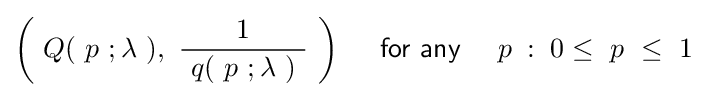
\left(\ Q(\ p\ ;\lambda \ ),\ {\frac {1}{\ q(\ p\ ;\lambda \ )\ }}\ \right)\quad ~{\mathsf {for\ any}}~\quad p\;:\;0\leq \ p\ \leq \ 1